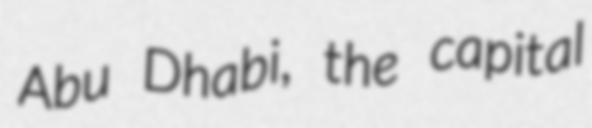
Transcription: Abu Dhabi, the capital